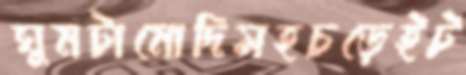
ঘুমটামোদিসহচড়েইট